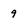
Character: 9